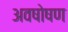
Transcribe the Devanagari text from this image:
अवषोषण